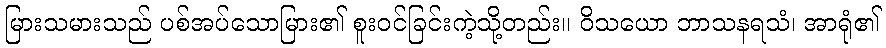
မြားသမားသည် ပစ်အပ်သောမြား၏ စူးဝင်ခြင်းကဲ့သို့တည်း။ ဝိသယော ဘာသနရသံ၊ အာရုံ၏